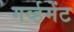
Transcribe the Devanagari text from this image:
गर्व्हमेंट